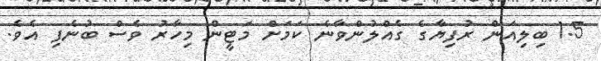
1.5 ބިލިއަން ރުފިޔާގެ ގެއްލުންވާނެ ކަމަށް މަޓީން މިހާރު ވެސް ބުނެފި އެވެ.